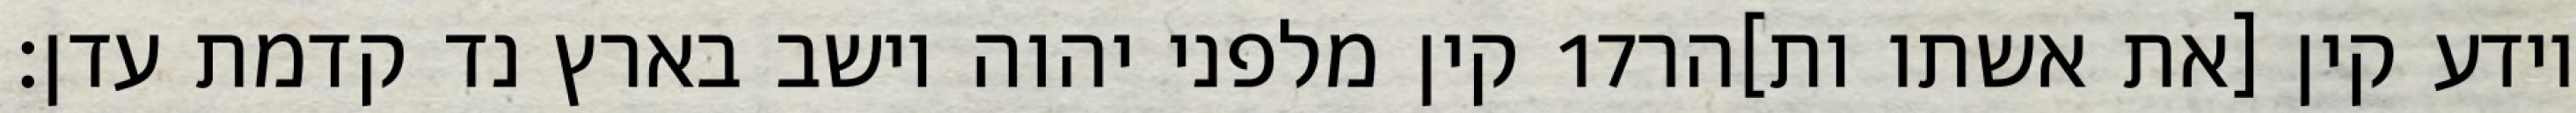
קין מלפני יהוה וישב בארץ נד קדמת עדן׃ ‎17‏ וידע קין [את אשתו ות]הר